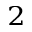
^ 2